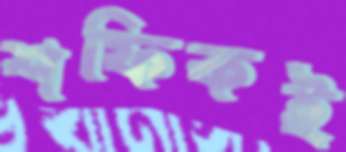
শফিকই